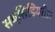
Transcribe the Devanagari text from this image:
सब्सिडियरीज़